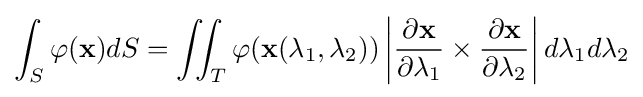
\int _{S}\varphi (\mathbf {x} )dS=\iint _{T}\varphi (\mathbf {x} (\lambda _{1},\lambda _{2}))\left|{\partial \mathbf {x}  \over \partial \lambda _{1}}\times {\partial \mathbf {x}  \over \partial \lambda _{2}}\right|d\lambda _{1}d\lambda _{2}